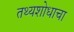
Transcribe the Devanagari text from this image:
तथ्यशोधाचा